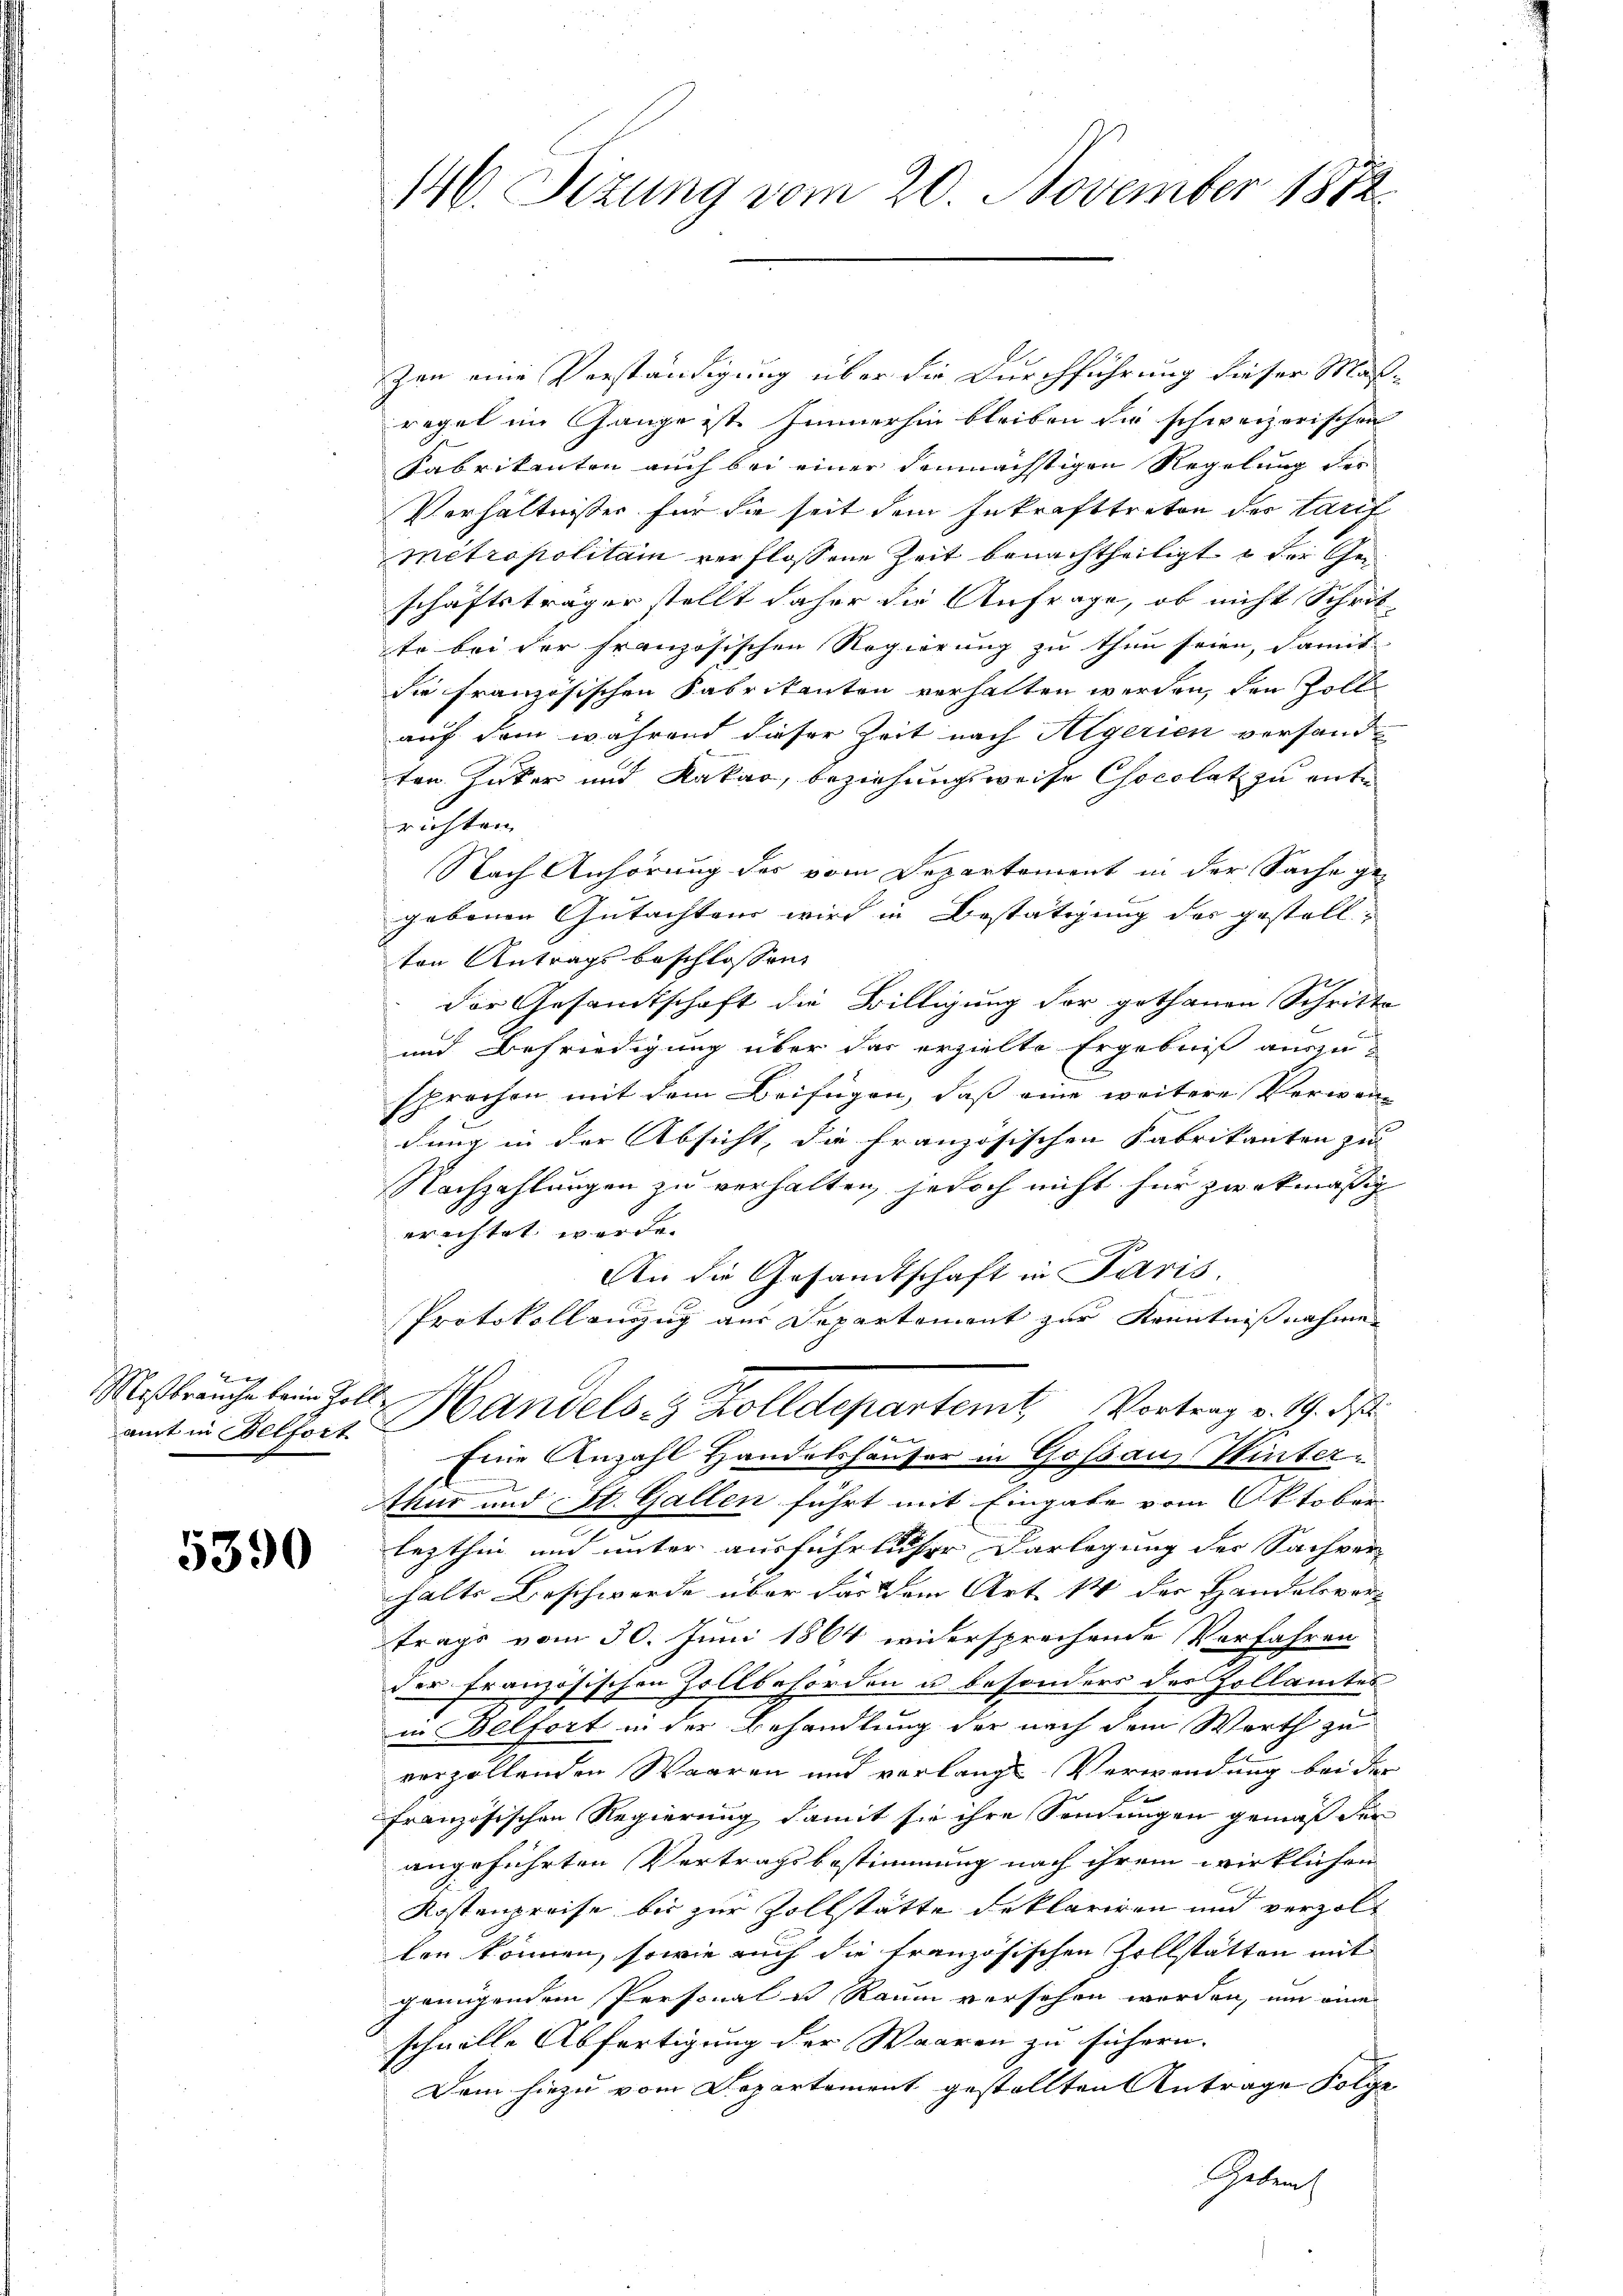
2
amt in Belfort

5390

146. Sizung vom 20. November 1882

zen eine Verständigung über die Durchführung dieser Maß-
regel im Gange ist immerhin bleiben die schweizerischen
Fabrikanten auch bei einer demnächstigen Regelung der
Verhältnisses für die seit dem Inkrafttreten der Lauf
métropolitain verflossene Zeit benachtheiligt & der Geschäftsträger stellt daher die Anfrage, ob nicht Schrit-
te bei der französischen Regierung zu thun seien, damit
die französischen Fabrikanton verhalten werden, den Zoll
auf dem während dieser Zeit nach Algerien versandten Kater und Kakar, beziehungsweise Chocolat zu entsrichten
Nach Anhörung des vom Departement in der Sache gegebenen Gutachtens wird in Bestätigung des gestellton Antrags beschlossen
der Gesandtschaft die Billigung der gethanen Schritte
und Befriedigung über das erzielte Ergebnis auszusprochen mit dem Beifügen, daß eine weitere Verwei
dung in der Absicht, die französischen Fabrikanten zu |
Nachzahlungen zu verhalten, jedoch nicht für zwekmäßig
erichtet werde.
An die Gesandtschaft in Paris.
Protokollauszug aus Departement zur Kenntnißnahmen
Mißbrauche beim Zoll Handels- & Zolldepartemt, Vortrag v. 19. ds
Eine Anzahl Handelshäuser in Goßau, Winterthur und St. Gallen führt mit Eingabe vom Oktober
lezthin und unter ausführlicher Darlegung der Sachver-
halte Beschwerde über das dem Art. 14 der Handelsver-
trags vom 30. Juni 1864 widersprechende Vorfahren
der französischen Zollbehörden u besonders des Zollamtes
in Belfort in der Behandlung der nach dem Werth zu
verzollenden Waaren und verlangt Verwendung bei der
französischen Regierung damit sie ihre Sendungen gemäß der
angeführten Vertragsbestimmung nach ihrem wirklichen
Kostenpreise bis zur Zollstätte deklariren und verzolten können, sowie auch die französischen Zollstatten mit
genügendem Personal u. Raum versehen werden, um eine
schwelle Abfertigung der Waaren zu sichern.
Dem hiezu vom Departement gestellten Antrage Folge
Geben